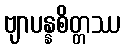
ဗျာပန္နစိတ္တဿ